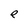
Character: e